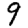
Digit: 9